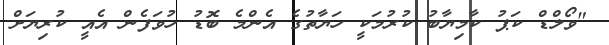
"ވޯލްޑް ކަޕު ކާމިޔާބު ކުރުމަކީ ހަޔާތުގެ އެންމެ ބޮޑު ހުވަފެން އެއީ ކުރިޔަށް